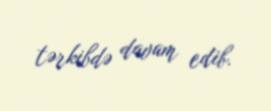
tərkibdə davam edib.